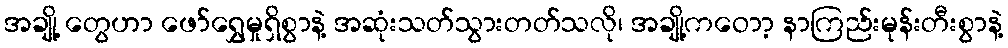
အချို့ တွေဟာ ဖော်ရွှေမှုရှိစွာနဲ့ အဆုံးသတ်သွားတတ်သလို၊ အချို့ကဝောာ့ နာကြည်းမုန်းတီးစွာနဲ့